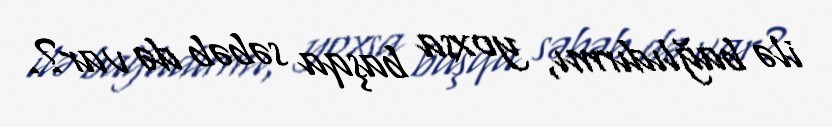
ilə bağlıdırmı, yoxsa başqa səbəb də var?.